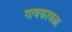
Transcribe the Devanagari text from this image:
गावकावळा